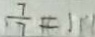
\frac { 7 } { 7 } = 1 1